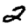
Digit: 2